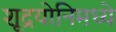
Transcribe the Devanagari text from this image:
शूद्रयोनिमध्ये